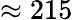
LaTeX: \approx 215